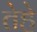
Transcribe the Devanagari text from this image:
तेहे